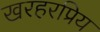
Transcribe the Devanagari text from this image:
खरहरप्रिय